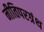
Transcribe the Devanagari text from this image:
नीतिपरग्रंथ